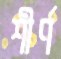
শীর্ণ